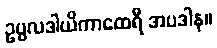
ဥပ္ပလဒါယိကာထေရီ အပဒါန။